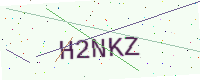
Text: H2NKZ